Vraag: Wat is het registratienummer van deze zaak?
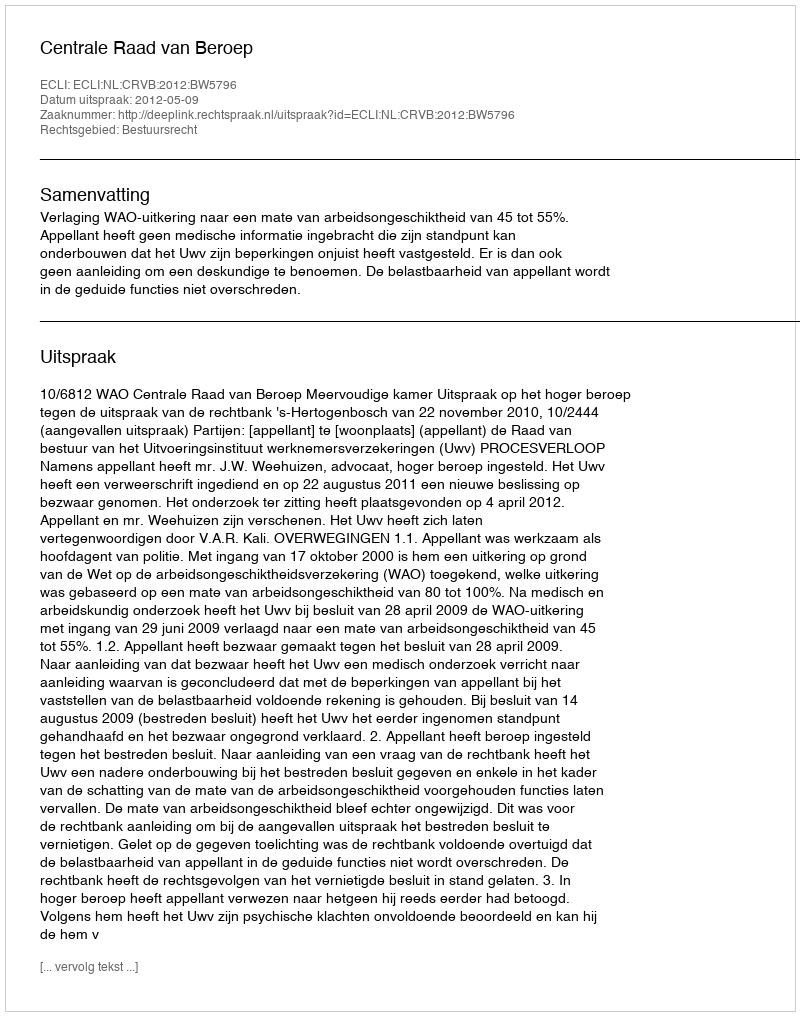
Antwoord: http://deeplink.rechtspraak.nl/uitspraak?id=ECLI:NL:CRVB:2012:BW5796